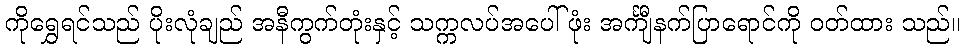
ကိုရွှေရင်သည် ပိုးလုံချည် အနီကွက်တုံးနှင့် သက္ကလပ်အပေါ်ဖုံး အင်္ကျီနက်ပြာရောင်ကို ဝတ်ထား သည်။